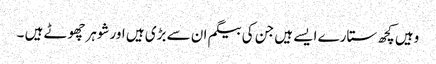
وہیں کچھ ستارے ایسے ہیں جن کی بیگم ان سے بڑی ہیں اورشوہرچھوٹے ہیں ۔